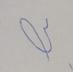
Signature authenticity: forged